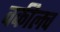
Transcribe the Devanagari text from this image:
वकीलच